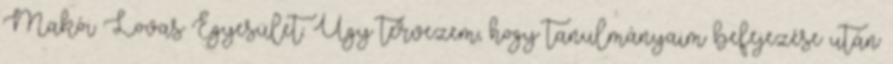
Makói Lovas Egyesület. Úgy tervezem, hogy tanulmányaim befejezése után